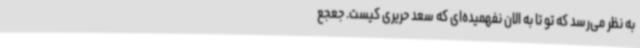
به نظر می‌رسد که تو تا به الان نفهمیده‌ای که سعد حریری کیست. جعجع